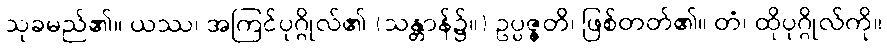
သုခမည်၏။ ယဿ၊ အကြင်ပုဂ္ဂိုလ်၏ (သန္တာန်၌။) ဥပ္ပဇ္ဇတိ၊ ဖြစ်တတ်၏။ တံ၊ ထိုပုဂ္ဂိုလ်ကို။